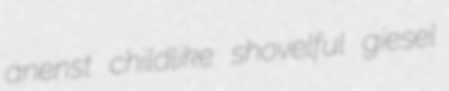
anenst childlike shovelful giesel